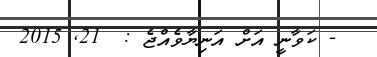
- ކަވާނީ އަށް އަނިޔާވެއްޖެ :  21